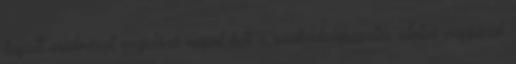
kapott eredményt megelőző napot kell a szabadságvesztés utolsó napjának